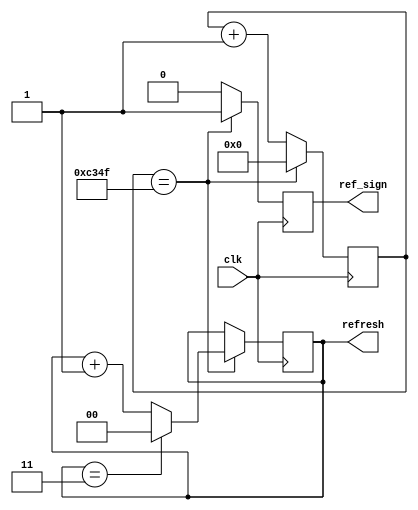
`timescale 1ns / 1ps
//////////////////////////////////////////////////////////////////////////////////
// Company: 
// Engineer: 
// 
// Design Name: 
// Module Name:    Refresh 
// Project Name: 
// Target Devices: 
// Tool versions: 
// Description: 
//
// Dependencies: 
//
// Revision: 
// Revision 0.01 - File Created
// Additional Comments: 
//
//////////////////////////////////////////////////////////////////////////////////
module Refresh(
input						clk,			//
output	wire [1:0]	refresh,		//
output	reg  ref_sign
);
//'.' clk=50MHz, div into 1KHz
//.'. 1  / 50 000 clovk
reg   [15:0]	div = 16'h0;
reg	[1:0]		num = 2'h0;


always@(posedge clk)
	begin
		if(div == 16'd49_999)
			div <= 16'h0;
		else
			div <= div + 16'h1;
	end

always@(posedge clk)
	begin
		if(div == 16'd49_999)
			begin
				if(num == 2'h3)
					num <= 2'h0;
				else
					num <= num + 2'h1;
			end
		else
			num <= num;
	end

always@(posedge clk)
	begin
		if(div == 16'd49_999)
			ref_sign <= 1;
		else
			ref_sign <= 0;
	end

assign refresh = num;

endmodule